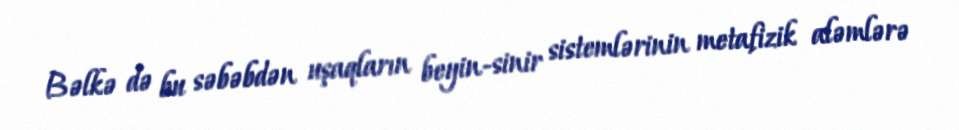
Bəlkə də bu səbəbdən uşaqların beyin-sinir sistemlərinin metafizik aləmlərə